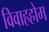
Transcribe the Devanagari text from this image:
विवाहहोम